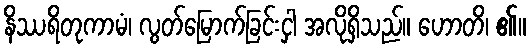
နိဿရိတုကာမံ၊ လွတ်မြောက်ခြင်းငှါ အလိုရှိသည်။ ဟောတိ၊ ၏။